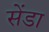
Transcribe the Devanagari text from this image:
सेंडा